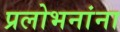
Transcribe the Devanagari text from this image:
प्रलोभनांना